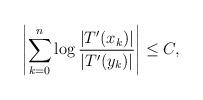
LaTeX: \begin{align*} \left| \sum_{k=0}^n \log \frac{ |T'(x_k)| } { |T'(y_k)| } \right| \le C,\end{align*}